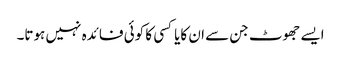
ایسے جھوٹ جن سے ان کایاکسی کا کوئی فائدہ نہیں ہوتا۔